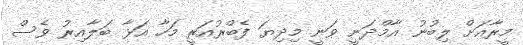
މީރާއަށް ލިބުނު އާމްދަނީ ވަނީ މިދިޔަ ފެބްރުއަރީ މަހާ އަޅާ ބަލާއިރު ވެސް